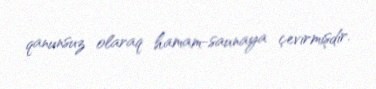
qanunsuz olaraq hamam-saunaya çevirmişdir.